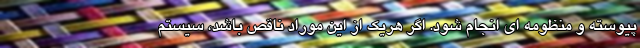
پیوسته و منظومه ای انجام شود. اگر هریک از این موراد ناقص باشد، سیستم